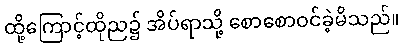
ထို့ကြောင့်ထိုည၌ အိပ်ရာသို့ စောစောဝင်ခဲ့မိသည်။